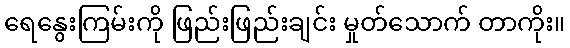
ရေနွေးကြမ်းကို ဖြည်းဖြည်းချင်း မှုတ်သောက် တာကိုး။